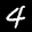
Label: 4